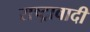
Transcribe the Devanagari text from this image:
राष्ट्रावादी